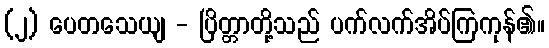
(၂) ပေတသေယျ - ပြိတ္တာတို့သည် ပက်လက်အိပ်ကြကုန်၏။